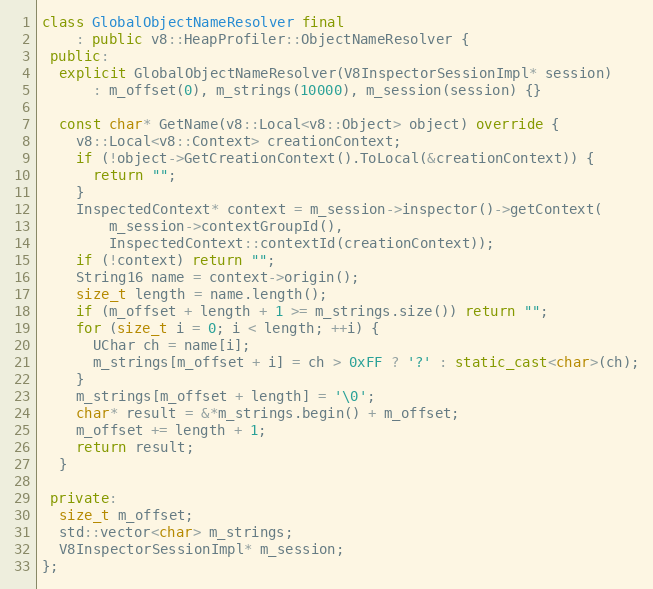
Language: C++
class GlobalObjectNameResolver final
    : public v8::HeapProfiler::ObjectNameResolver {
 public:
  explicit GlobalObjectNameResolver(V8InspectorSessionImpl* session)
      : m_offset(0), m_strings(10000), m_session(session) {}

  const char* GetName(v8::Local<v8::Object> object) override {
    v8::Local<v8::Context> creationContext;
    if (!object->GetCreationContext().ToLocal(&creationContext)) {
      return "";
    }
    InspectedContext* context = m_session->inspector()->getContext(
        m_session->contextGroupId(),
        InspectedContext::contextId(creationContext));
    if (!context) return "";
    String16 name = context->origin();
    size_t length = name.length();
    if (m_offset + length + 1 >= m_strings.size()) return "";
    for (size_t i = 0; i < length; ++i) {
      UChar ch = name[i];
      m_strings[m_offset + i] = ch > 0xFF ? '?' : static_cast<char>(ch);
    }
    m_strings[m_offset + length] = '\0';
    char* result = &*m_strings.begin() + m_offset;
    m_offset += length + 1;
    return result;
  }

 private:
  size_t m_offset;
  std::vector<char> m_strings;
  V8InspectorSessionImpl* m_session;
};